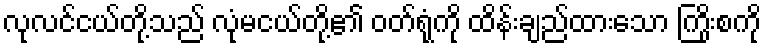
လုလင်ငယ်တို့သည် လုံမငယ်တို့၏ ဝတ်ရုံကို ထိန်းချည်ထားသော ကြိုးစကို